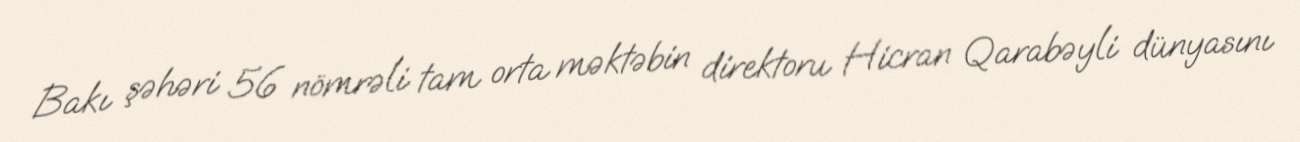
Bakı şəhəri 56 nömrəli tam orta məktəbin direktoru Hicran Qarabəyli dünyasını